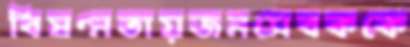
বিষণ্নতায়জনসেবককে